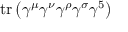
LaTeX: \operatorname { t r } \left( \gamma ^ { \mu } \gamma ^ { \nu } \gamma ^ { \rho } \gamma ^ { \sigma } \gamma ^ { 5 } \right)